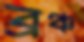
ব্রঞ্চ